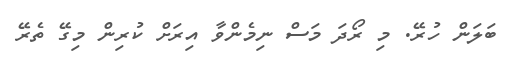
ބަލަން ހުރޭ. މި ރޯދަ މަސް ނިމެންވާ އިރަށް ކުރިން މިގޭ ތެރޭ